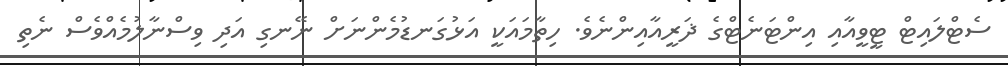
ސެޓްލައިޓް ޓީވީއާއި އިންޓަނެޓްގެ ޛަރީއާއިންނެވެ. ހިތާމައަކީ އަޅުގަނޑުމެންނަށް ނޭނގި އަދި ވިސްނާލުމެއްވެސް ނެތި